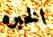
الخبره